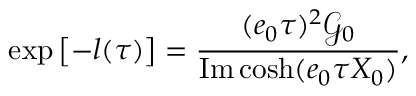
\exp \left[ - l ( \tau ) \right] = \frac { ( e _ { 0 } \tau ) ^ { 2 } \mathcal { G } _ { 0 } } { \mathrm { I m } \cosh ( e _ { 0 } \tau X _ { 0 } ) } ,